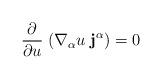
LaTeX: \begin{align*}\frac{\partial}{\partial u}\;(\nabla_{\alpha}u\;{\bf j^{\alpha}})=0\end{align*}